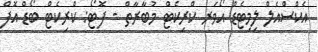
އެކްސްއެލް ލިމިޓެޑް އޯވަރ ކްރިކެޓް މުބާރާތް - ފޮޓޯ: ކްރިކެޓް ބޯޑް އޮފް